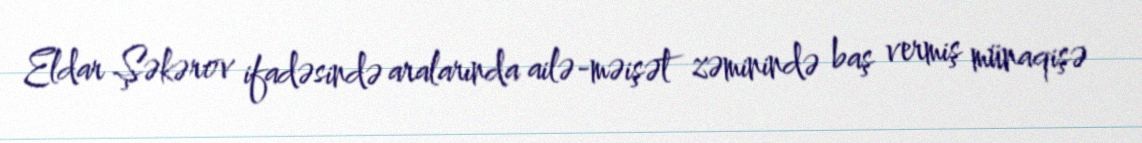
Eldar Şəkərov ifadəsində aralarında ailə-məişət zəminində baş vermiş münaqişə